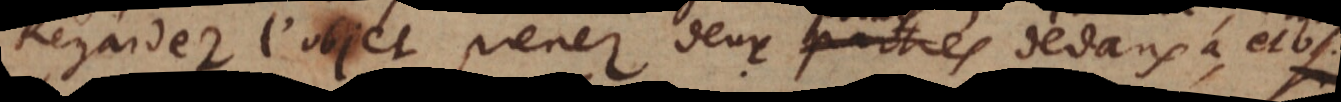
Regardez l’objet prenez deux parties dedans a et b